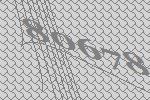
80678